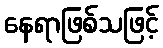
နေရာဖြစ်သဖြင့်